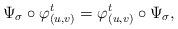
LaTeX: \begin{align*}\Psi_\sigma\circ \varphi^t_{(u,v)}=\varphi^t_{(u,v)}\circ\Psi_\sigma,\end{align*}